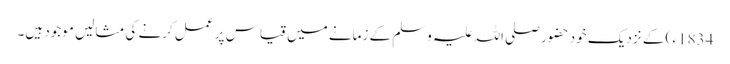
1834ء ) کے نزدیک خود حضور صلی اللہ علیہ وسلم کے زمانے میں قیاس پر عمل کرنے کی مثالیں موجود ہیں۔